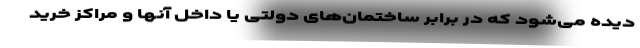
دیده می‌شود که در برابر ساختمان‌های دولتی یا داخل آنها و مراکز خرید